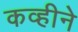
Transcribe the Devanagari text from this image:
कव्हीने